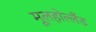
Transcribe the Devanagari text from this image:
मूलहोल्लैंड